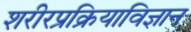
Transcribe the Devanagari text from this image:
शरीरप्रक्रियाविज्ञान